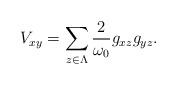
LaTeX: \begin{align*}V_{xy}=\sum_{z\in \Lambda} \frac{2}{\omega_0}g_{xz}g_{yz}.\end{align*}